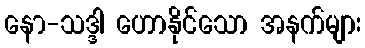
နော-သဒ္ဒါ ဟောနိုင်သော အနက်များ